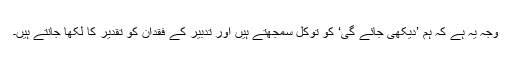
وجہ یہ ہے کہ ہم ’دیکھی جائے گی‘ کو توکل سمجھتے ہیں اور تدبیر کے فقدان کو تقدیر کا لکھا جانتے ہیں۔